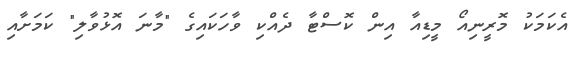
އެކަމަކު މޮރީނިއޯ މީޑިއާ އިން ކޮސްޓާ ދެއްކި ވާހަކައިގެ "މާނަ އޮޅުވާލި" ކަމަށާއި